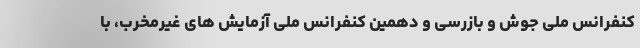
کنفرانس ملی جوش و بازرسی و دهمین کنفرانس ملی آزمایش های غیرمخرب، با